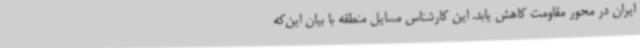
ایران در محور مقاومت کاهش یابد. این کارشناس مسایل منطقه با بیان این‌که